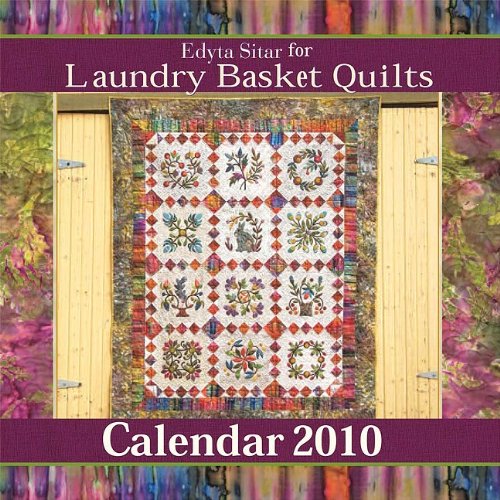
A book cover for Laundry Basket Quilts 2010 Calendar; Edyta Sitar; Calendars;